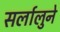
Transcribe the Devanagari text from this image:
सर्लालुने